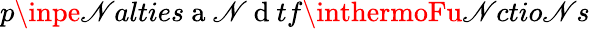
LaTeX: p\inpe\mathscr{N}alties\mathrm{{~a~\mathscr{N}~d~}}tf\inthermoFu\mathscr{N}ctio\mathscr{N}s